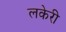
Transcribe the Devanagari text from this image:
लकेरी